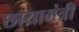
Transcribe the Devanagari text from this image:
छायामंत्री